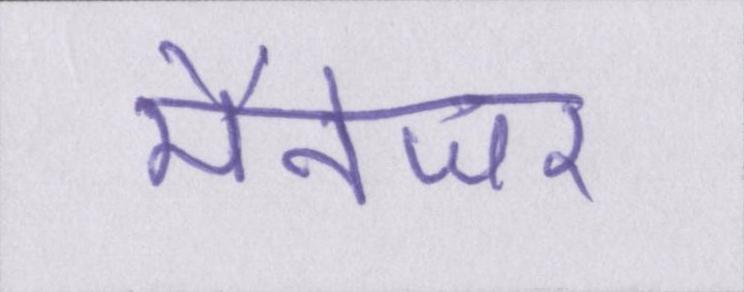
मैनेजर